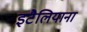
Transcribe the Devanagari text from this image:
इटैलियाना